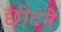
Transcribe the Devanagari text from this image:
छीटने